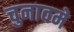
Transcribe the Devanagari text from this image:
चुनावमे